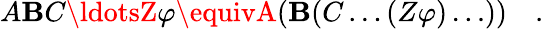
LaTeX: A\mathbf{B}C\ldotsZ\varphi\equivA(\mathbf{B}(C\ldots(Z\varphi)\ldots))\quad.